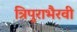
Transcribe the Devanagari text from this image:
त्रिपुराभैरवी